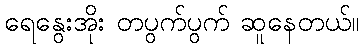
ရေနွေးအိုး တပွက်ပွက် ဆူနေတယ်။